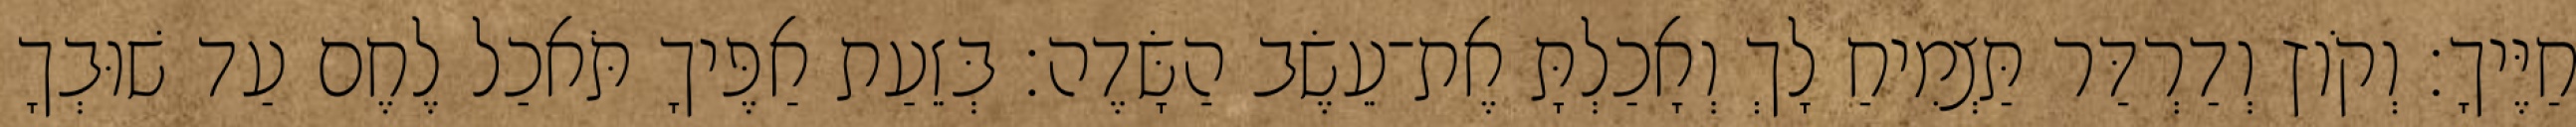
חַיֶּיךָ׃ וְקֹוץ וְדַרְדַּר תַּצְמִיחַ לָךְ וְאָכַלְתָּ אֶת־עֵשֶׂב הַשָּׂדֶה׃ בְּזֵעַת אַפֶּיךָ תֹּאכַל לֶחֶם עַד שׁוּבְךָ